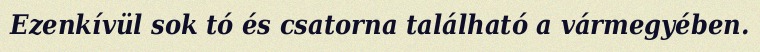
Ezenkívül sok tó és csatorna található a vármegyében.